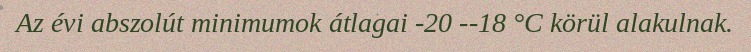
Az évi abszolút minimumok átlagai -20 --18 °C körül alakulnak.